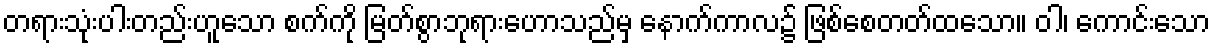
တရားသုံးပါးတည်းဟူသော စက်ကို မြတ်စွာဘုရားဟောသည်မှ နောက်ကာလ၌ ဖြစ်စေတတ်ထသော။ ဝါ၊ ကောင်းသော